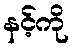
နင့်ကို